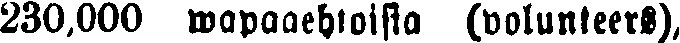
230,000 wapaaehtoista (volunteers),